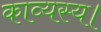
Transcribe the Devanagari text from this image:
काव्यस्य।